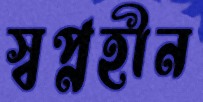
স্বপ্নহীন